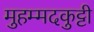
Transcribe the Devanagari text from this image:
मुहम्मदकुट्टी